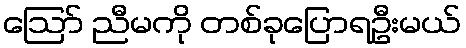
ဪ ညီမကို တစ်ခုပြောရဦးမယ်